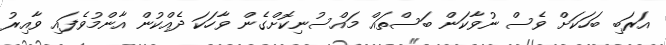
އަރަބި ބަހަކަށް ވެސް ނުވާކަން ބަސްތައް މައްސުނިކޮށްގެން ވާހަކަ ދެއްކުން އާންމުވެފައި ވާއިރު